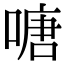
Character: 𠹔